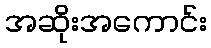
အဆိုးအကောင်း